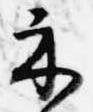
示